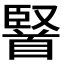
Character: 𮩤